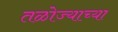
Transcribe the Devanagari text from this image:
तळोज्याच्या